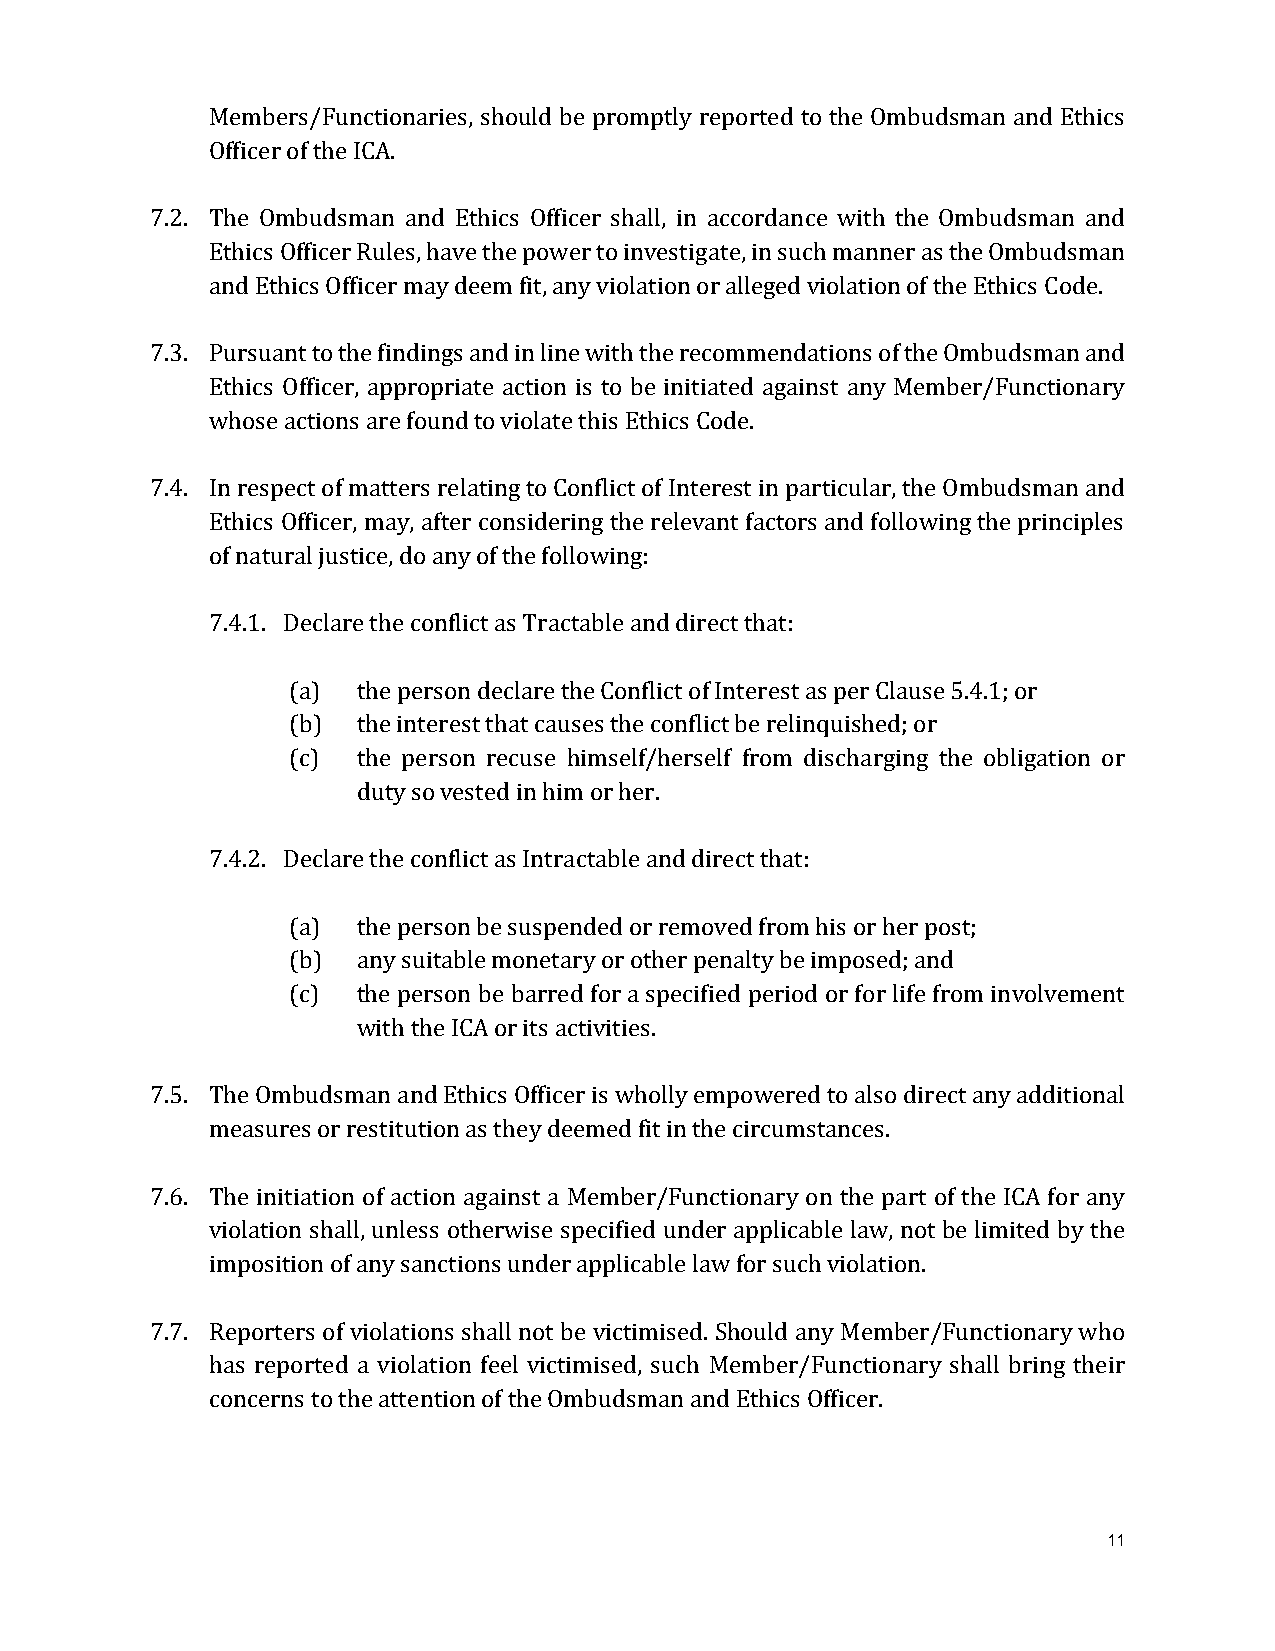
Members/Functionaries, should be promptly reported to the Ombudsman and Ethics
 Officer of the ICA.
 7.2. The Ombudsman and Ethics Officer shall, in accordance with the Ombudsman and
 Ethics Officer Rules, have the power to investigate, in such manner as the Ombudsman
 and Ethics Officer may deem fit, any violation or alleged violation of the Ethics Code.
 7.3. Pursuant to the findings and in line with the recommendations of the Ombudsman and
 Ethics Officer, appropriate action is to be initiated against any Member/Functionary
 whose actions are found to violate this Ethics Code.
 7.4. In respect of matters relating to Conflict of Interest in particular, the Ombudsman and
 Ethics Officer, may, after considering the relevant factors and following the principles
 of natural justice, do any of the following:
 7.4.1. Declare the conflict as Tractable and direct that:
 (a)  the person declare the Conflict of Interest as per Clause 5.4.1; or
 (b)  the interest that causes the conflict be relinquished; or
 (c)  the person recuse himself/herself from discharging the obligation or
 duty so vested in him or her.
 7.4.2. Declare the conflict as Intractable and direct that:
 (a)  the person be suspended or removed from his or her post;
 (b)  any suitable monetary or other penalty be imposed; and
 (c)  the person be barred for a specified period or for life from involvement
 with the ICA or its activities.
 7.5. The Ombudsman and Ethics Officer is wholly empowered to also direct any additional
 measures or restitution as they deemed fit in the circumstances.
 7.6. The initiation of action against a Member/Functionary on the part of the ICA for any
 violation shall, unless otherwise specified under applicable law, not be limited by the
 imposition of any sanctions under applicable law for such violation.
 7.7. Reporters of violations shall not be victimised. Should any Member/Functionary who
 has reported a violation feel victimised, such Member/Functionary shall bring their
 concerns to the attention of the Ombudsman and Ethics Officer.
 11